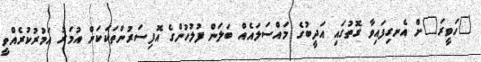
"ހަވީރަ"ށް އެނގިފައިވާ ގޮތުގައި އަދީބުގެ މައްސަލައެއް ބަލަން ފުލުހުންގެ އޮފިސަރުންތަކަކަށް އުމަރު އަމުރުކުރެއްވީ